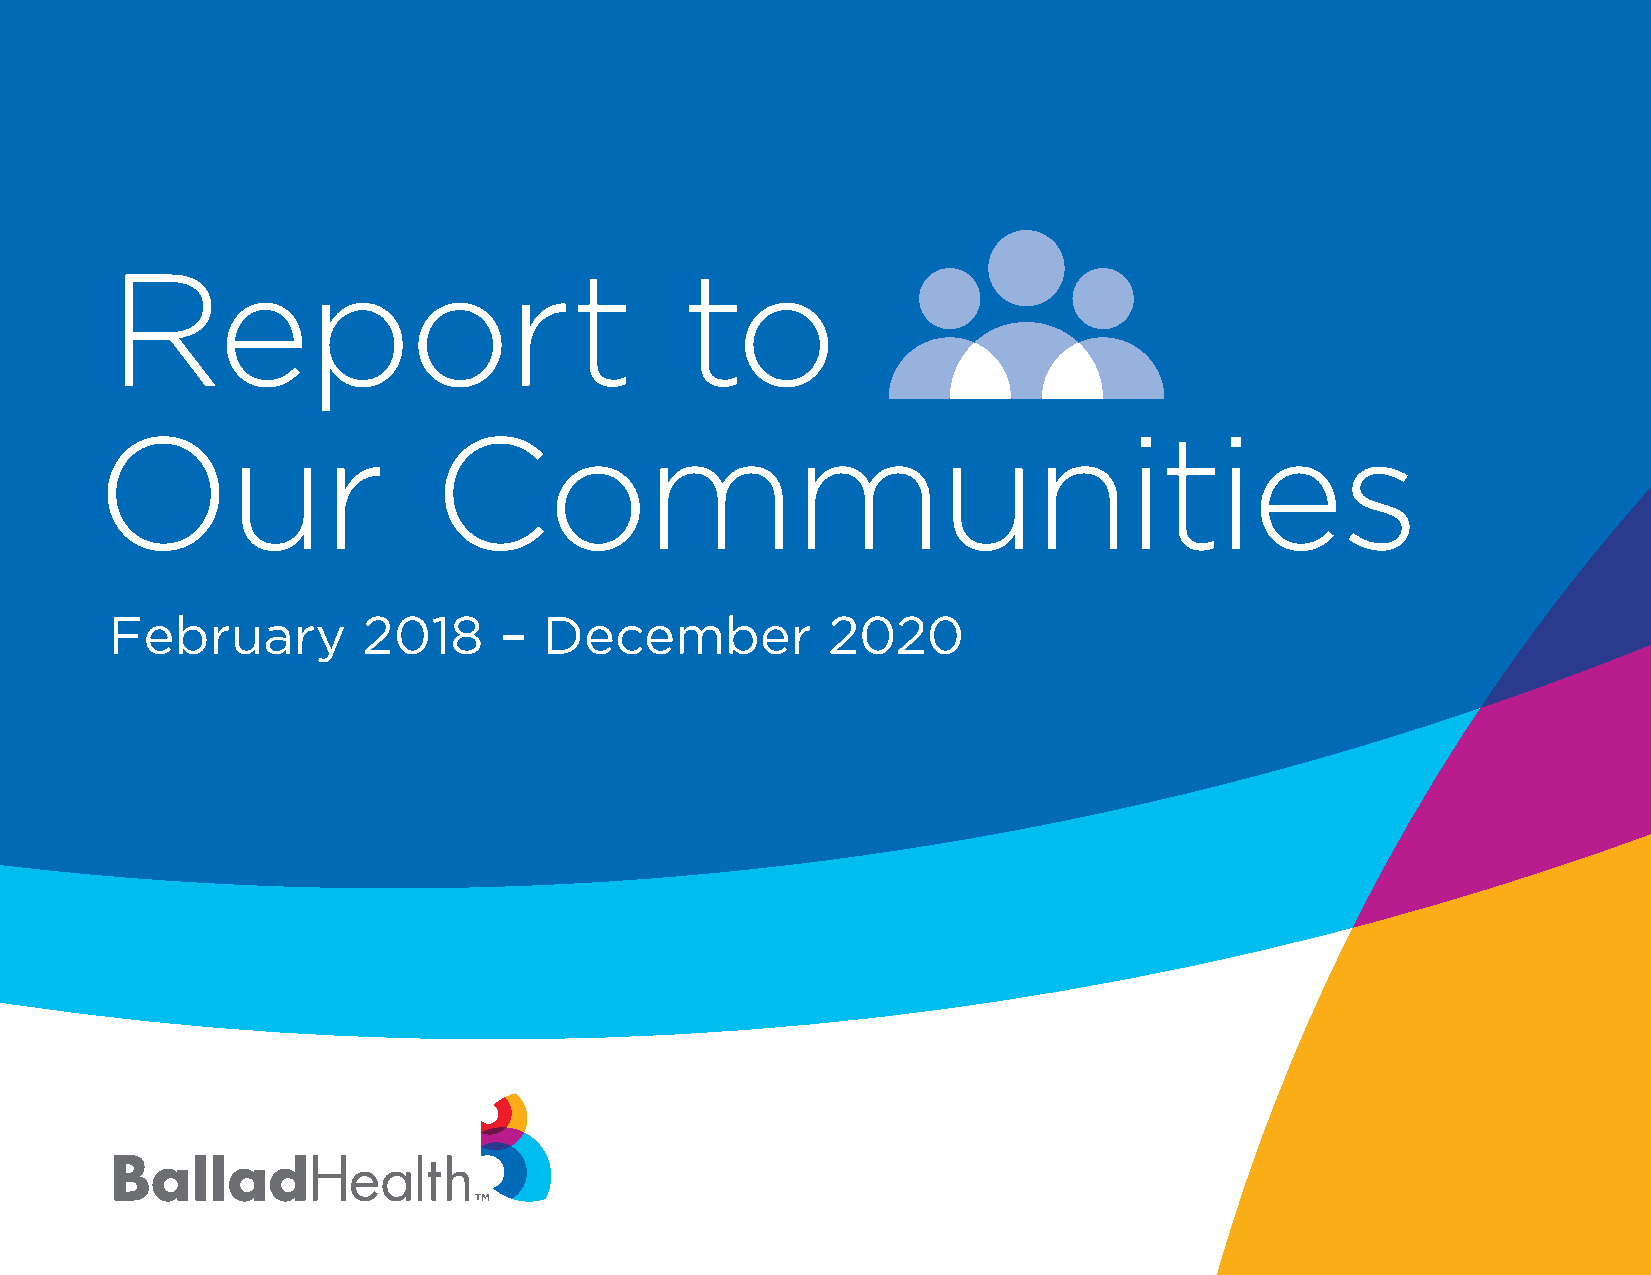
Report                                to
 Our                    Communities
 February         2018     –  December           2020